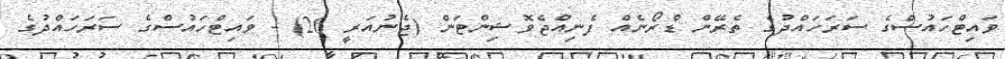
ވައިޓްހައުސްގެ ސަރަހައްދުގެ ތެރޭން ޑްރޯނެއް ފެނިއްޖެވޮޝިންޓަން (ޖެނުއަރީ 26) - ވައިޓްހައުސްގެ ސަރަހައްދުގެ